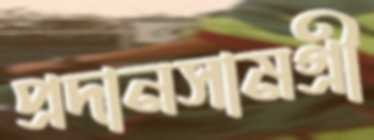
প্রদানসামগ্রী